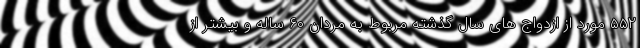
۵۵۲ مورد از ازدواج های سال گذشته مربوط به مردان ۶۰ ساله و بیشتر از